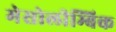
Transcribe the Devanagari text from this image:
मेसोलीम्बिक